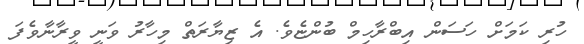
ހުރި ކަމަށް ހަސަން އިބްރާހިމް ބުންޏެވެ. އެ ޒިޔާރަތް މިހާރު ވަނީ ވީރާނާވެފަ